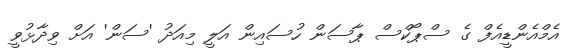
އެމްއެންޑީއެފް ގެ ސްޕޯކްސް ޕާސަން ހުސައިން އަލީ މިއަދު 'ސަން' އަށް ވިދާޅުވީ